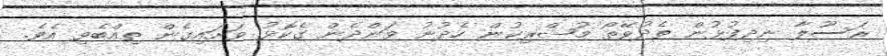
ރަސޫލާ ނިދިފުޅުން ތެދުވޭތޯ މުޝްރިކުން ހެދުނު ވަންދެން ގެކޮޅު ވަށައިގެން ތިއްބެވި އެވެ.